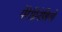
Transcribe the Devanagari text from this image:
पेरेग्रिनेशियो